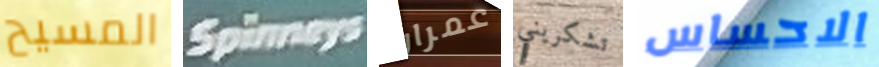
المسيح Spinneys عمران تشكريني الاحساس